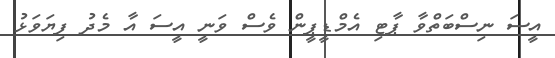
އީސަ ނިސްބަތްވާ ޕާޓި އެމްޑީޕީން ވެސް ވަނީ އީސަަ އާ މެދު ފިޔަވަޅު